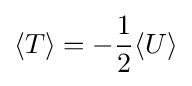
\langle T\rangle =-{\frac {1}{2}}\langle U\rangle